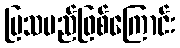
ပြသမည်ဖြစ်ကြောင်း